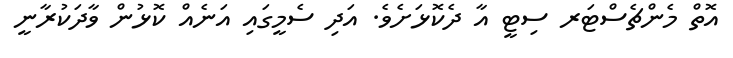
އޮތް މެންޗެސްޓަރ ސިޓީ އާ ދެކޮޅަށެވެ. އަދި ސެމީގައި އަނެއް ކޮޅުން ވާދަކުރާނީ